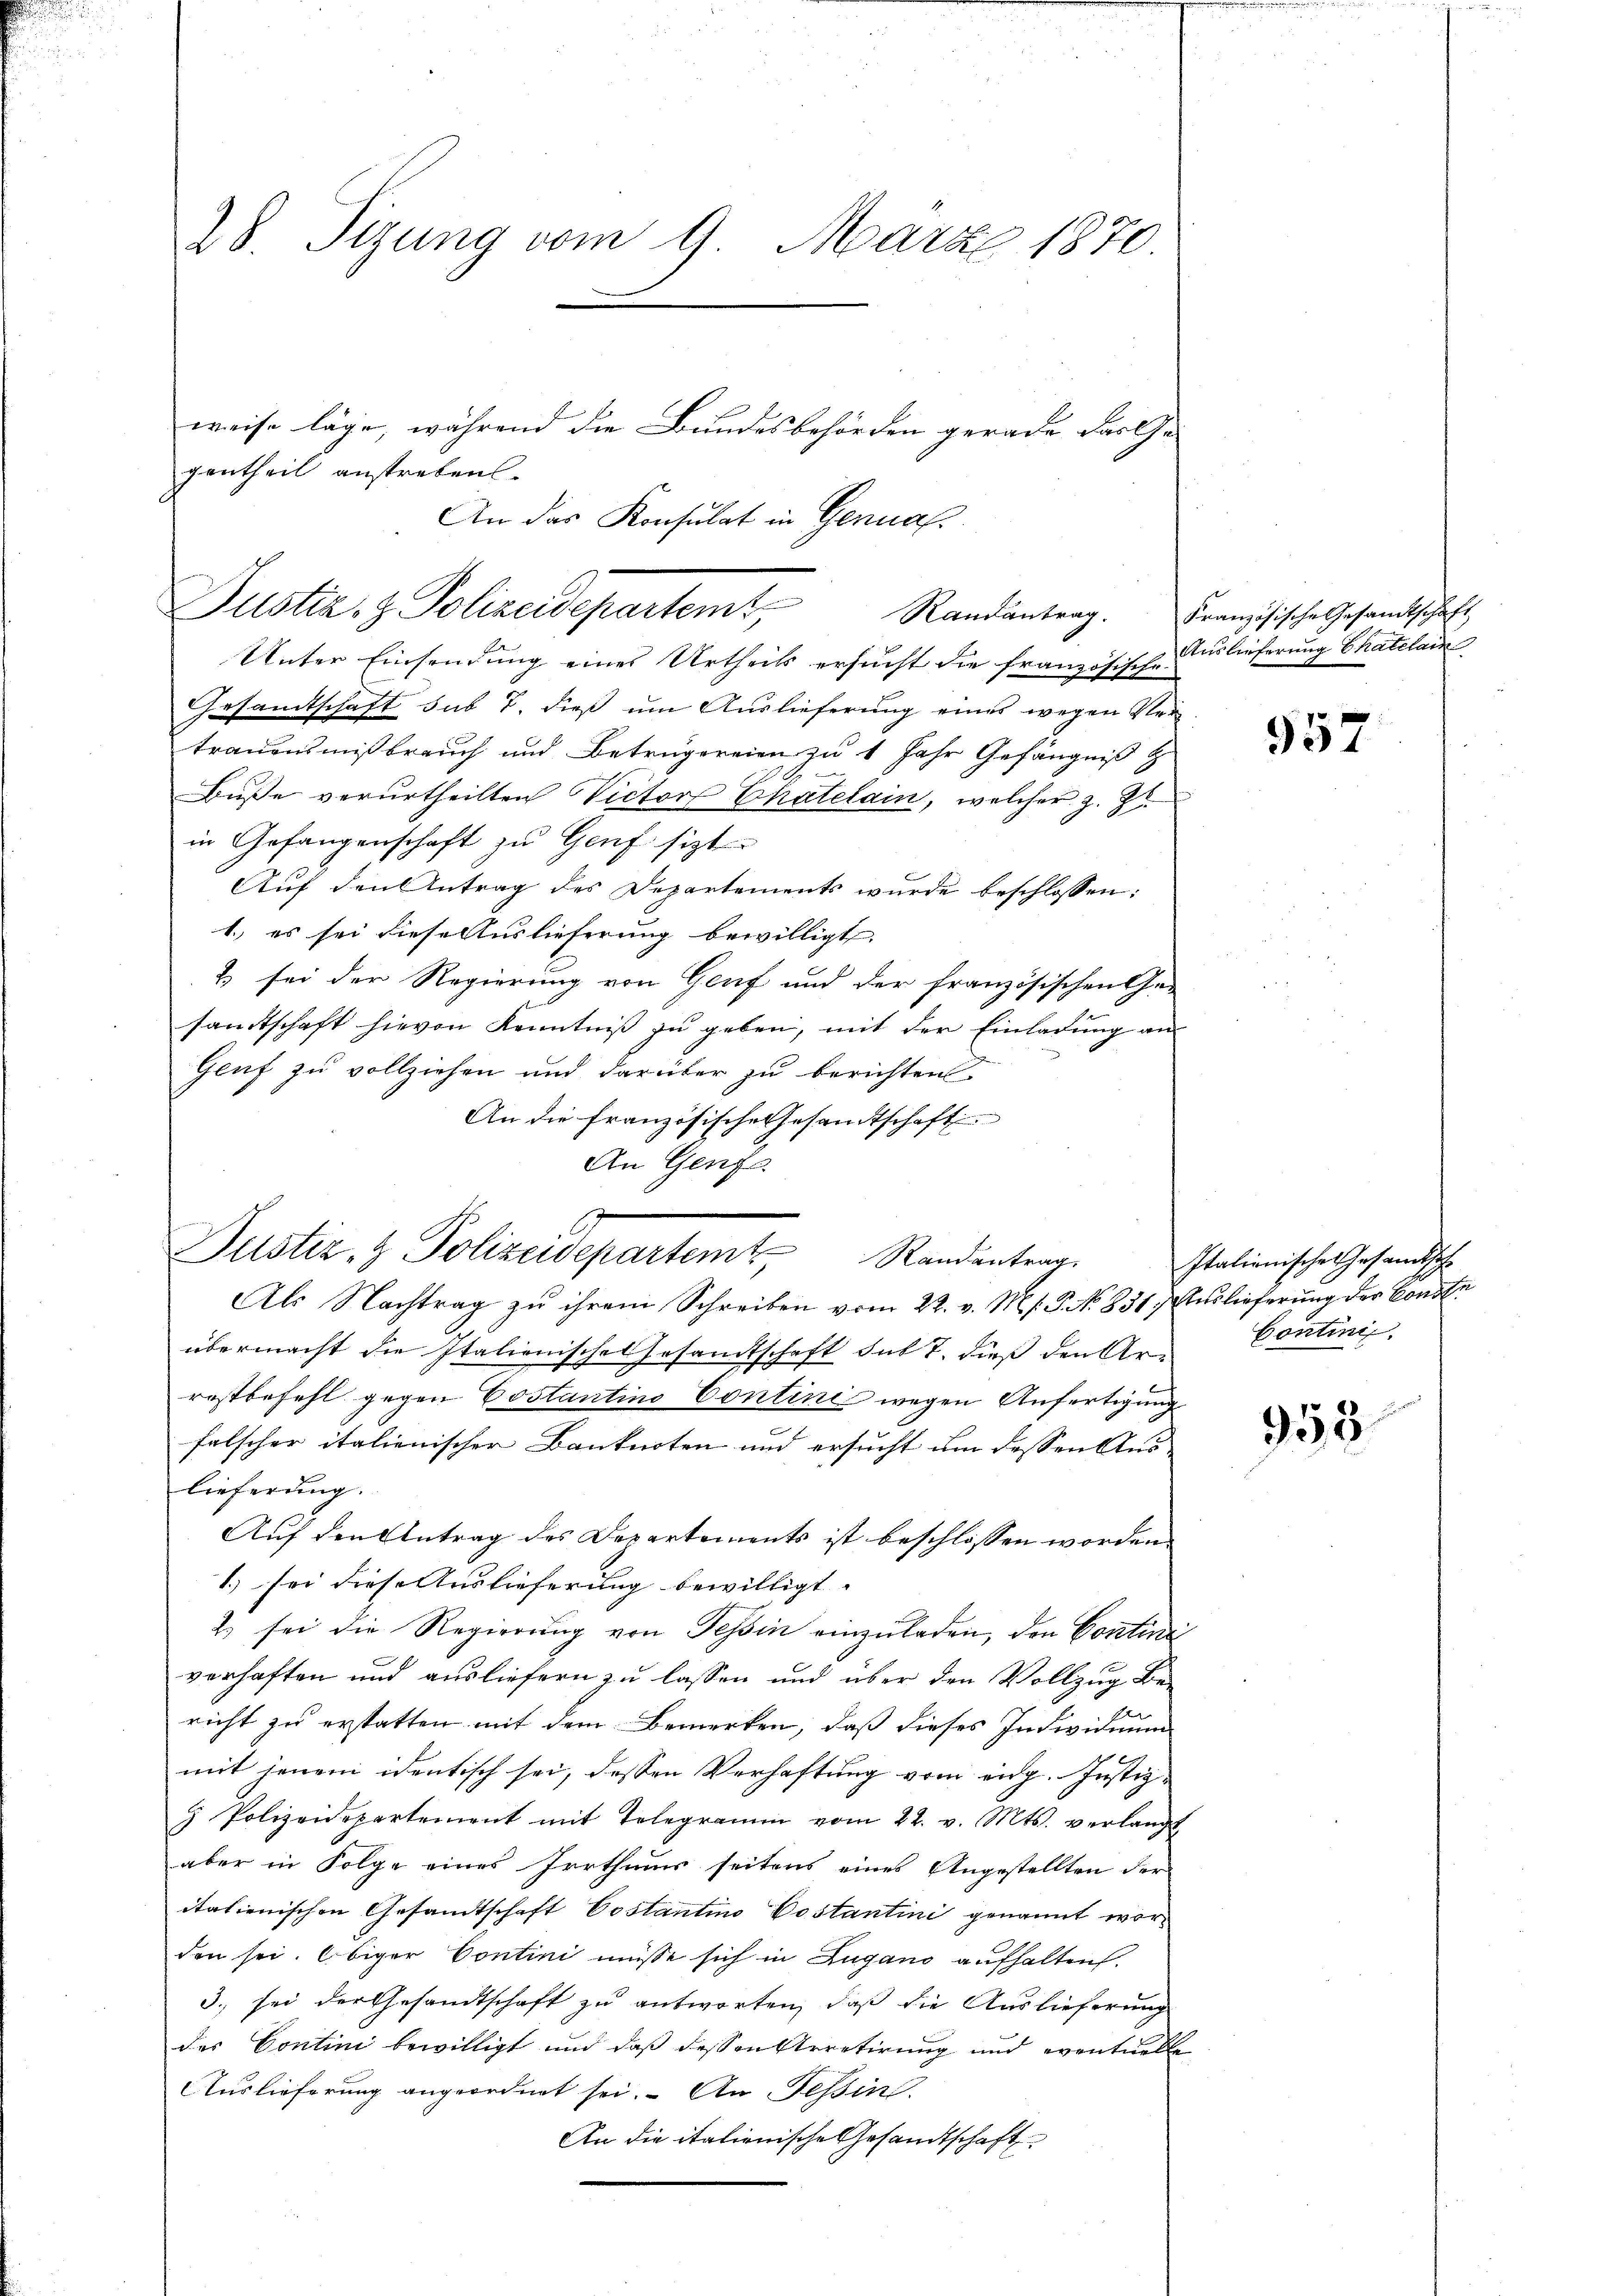
28. Sizung vom 9. März 1870.

Justiz- & Polizeidepartemt, Randantrag.

weise läge, während die Bundesbehörden gerade das Gegentheil anstreben.
An das Konsulat in Germal

Unter Einsendung eines Urtheils ersucht die französische
Gesandtschaft sub 7. dieß um Auslieferung eines wegen Ver
trauensmißbrauch und Betrugereien zu 1 Jahr Gefängniß z
Buße verurtheilten Victor Chatelain, welcher z. B.
in Gefangenschaft zu Genf sitzt
Auf den Antrag des Departements wurde beschlossen:
1. es sei diese Auslieferung bewilligt.
& sei der Regierung von Genf und der französischen Ge-
samtschaft hievon Kenntniß zu geben, mit der Einladung an
Geuf zu vollziehen und darüber zu berichten
An die französische Gesandtschaft
An Genge

Justiz- & Polizeidepartem Randantrag

Als Nachtrag zu ihrem Schreiben vom 22. v. M. f. P. No 831. Auslieferung der Conste
übermacht die Italienische Gesandtschaft sub 7. dieß den Arn Contini
restbefehl gegen Costantino Contini wegen Anfertigung
falscher italienischer Banknoten und ersucht um dessen Aus- |
lieferung.
Auf den Antrag des Departements ist beschlossen worden
1.) sei diese Auslieferung bewilligt. |
2 sei die Regierŭng von Tessin einzŭladen, den Contini
verhaften und ausliefern zu lassen und über den Vollzug bet
richt zu erstatten mit dem Bemerken, daß dieses Individuum
mit jenem identisch sei, dessen Verhaftung vom eidg. Justiz¬
3 Polizeidepartement mit Telegramm vom 22. v. Mts. verlangt
aber in Folge eines Irrthums seitens eines Angestellten der
italienischen Gesandtschaft Costantino Postantini genannt worden sei. Obiger Contini müsse sich in Zugano aufhalten.
3. sei der Gesandtschaft zu antworten, daß die Auslieferung
des Contini bewilligt und daß dessen Arretirung und eventuelle
Auslieferung angeordnet sei. An Tessin
An die italienische Gesandtschaft

Französische Gesandtschaft
Auslieferung Chatelain

957

Italionische Gesandtsche

958